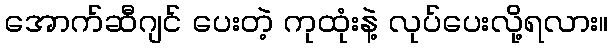
အောက်ဆီဂျင် ပေးတဲ့ ကုထုံးနဲ့ လုပ်ပေးလို့ရလား။